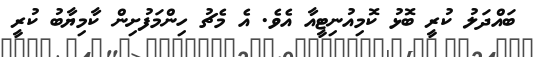
ބައްދަލު ކުރީ ބޮޅު ކޮމިއުނިޓީއާ އެވެ. އެ މެޗު ހިންމަފުށިން ކާމިޔާބު ކުރީ